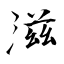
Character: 滋